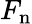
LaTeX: F_{\mathrm{n}}